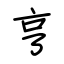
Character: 亨